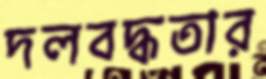
দলবদ্ধতার